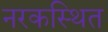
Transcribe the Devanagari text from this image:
नरकस्थित